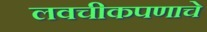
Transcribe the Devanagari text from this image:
लवचीकपणाचे